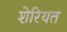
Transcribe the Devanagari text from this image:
शेरियत